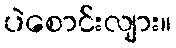
ပဲစောင်းလျား။